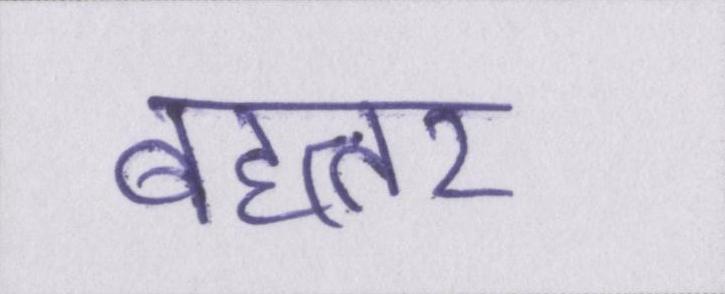
बहत्तर